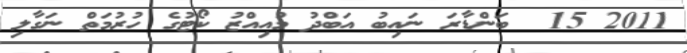
2011 15  ބަންޑާރަ ނައިބު އަބްދު މުއިއްޒު ކޯޓުގެ ހުރުމަތް ނަގާލި